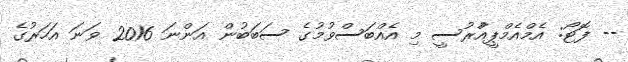
-- ފޮޓޯ: އެމްއެމްޕީއާުރުސީ މި އެއްބަސްވުމުގެ ސަބަބުން އަންނަ 2016 ވަނަ އަހަރުގެ